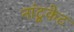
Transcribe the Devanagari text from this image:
नांटूकेट